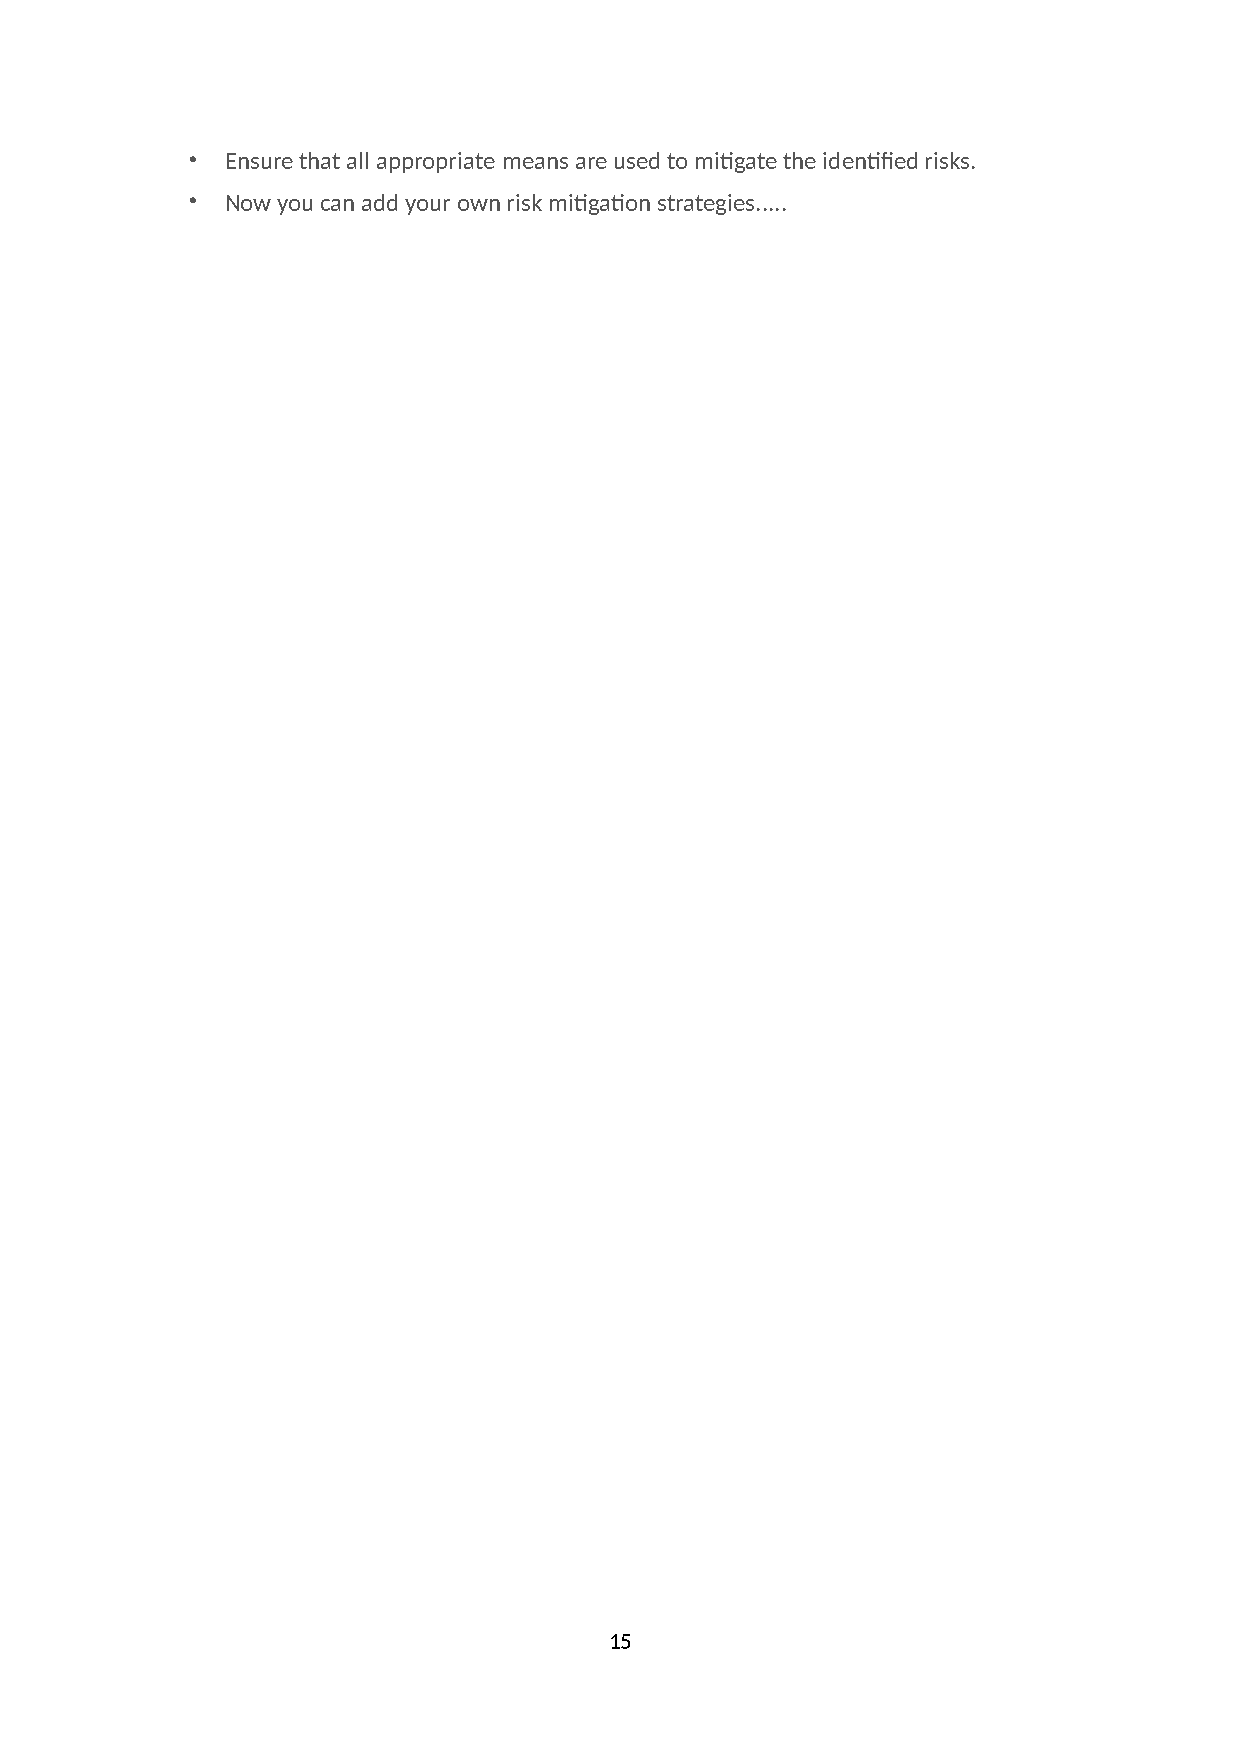
•  Ensure that all appropriate means are used to mi:gate the iden:fied risks.
 •  Now you can add your own risk mi:ga:on strategies.....
 15